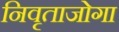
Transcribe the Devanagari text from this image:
निवृताजोगा